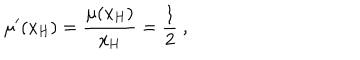
\mu ^ { \prime } ( x _ { \mathrm { H } } ) = \frac { \mu ( x _ { \mathrm { H } } ) } { x _ { \mathrm { H } } } = \frac { 1 } { 2 } \ ,